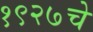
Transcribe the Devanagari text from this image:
१९२७चे